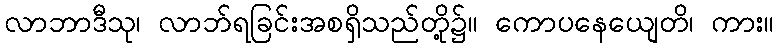
လာဘာဒီသု၊ လာဘ်ရခြင်းအစရှိသည်တို့၌။ ကောပနေယျေတိ၊ ကား။